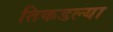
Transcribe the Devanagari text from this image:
तिकडल्या